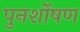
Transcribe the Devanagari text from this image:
पुनर्शोषण